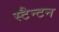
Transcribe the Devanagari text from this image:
स्टैन्टन